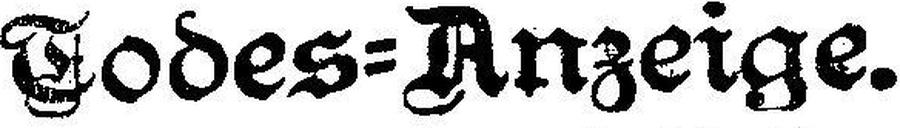
Todes-Anzeige.